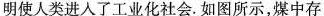
明使人类进入了工业化社会。如图所示，煤中存